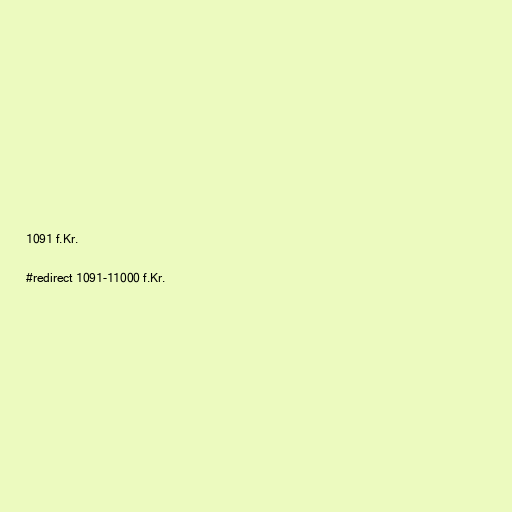
1091 f.Kr.

#redirect 1091-11000 f.Kr.